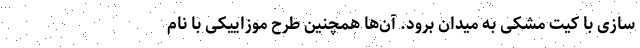
سازی با کیت مشکی به میدان برود. آن‌ها همچنین طرح موزاییکی با نام